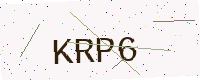
Text: KRP6